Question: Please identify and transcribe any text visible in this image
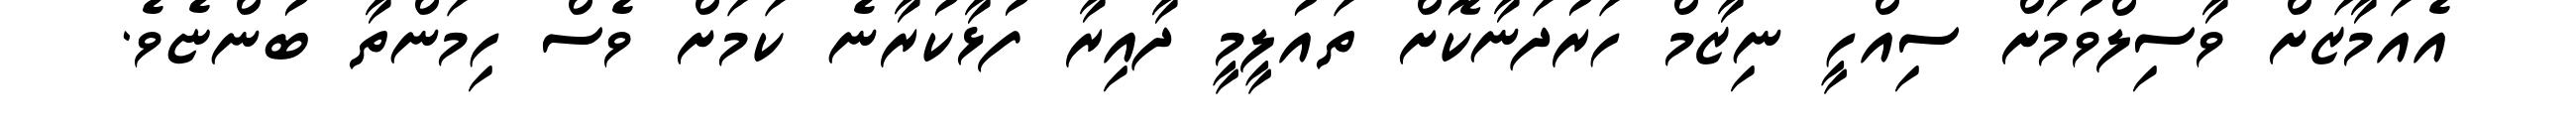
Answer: އެއަމާޒަށް ވާސިލްވުމަށް ސިއްހީ ނިޒާމް ހަރުދަނާކޮށް ތައުލީމީ ދާއިރާ ފުޅާކުރާނެ ކަމަށް ވެސް ހިމަންތާ ބުންޏެވެ.